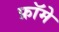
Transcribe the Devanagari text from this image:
फ्रॉमे